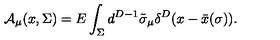
{ \cal A } _ { \mu } ( x , \Sigma ) = E \int _ { \Sigma } d ^ { D - 1 } \tilde { \sigma } _ { \mu } \delta ^ { D } ( x - \bar { x } ( \sigma ) ) .